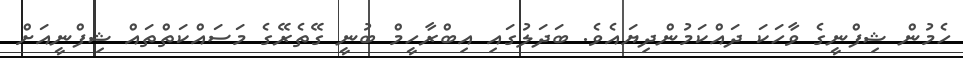
ހެމުން ޝިފްނީގެ ވާހަކަ ދައްކަމުންދިޔައެވެ. ބަދަލުގައި އިބްރާހީމް ބުނީ ގޭތެރޭގެ މަސައްކަތްތައް ޝިފްނީއަށް